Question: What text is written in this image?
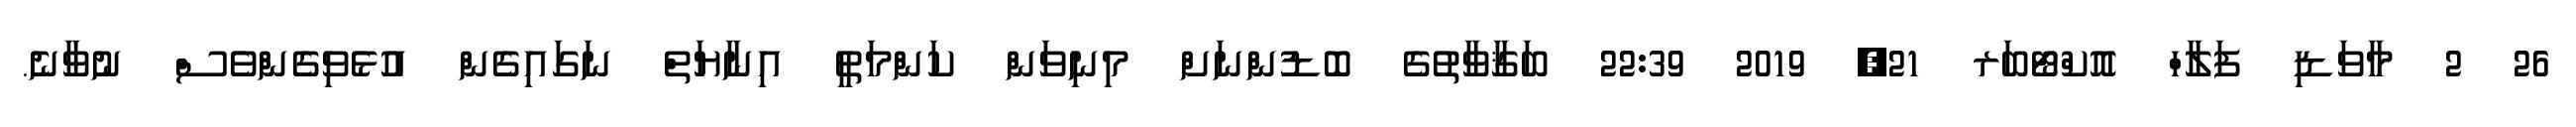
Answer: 26 2 މާވަޑި ފަލާހް އޮކްޓޯބަރ 21, 2019 22:39 ބަޤާވާތުގެ ބޮޑުންނަށް މިނިވަން ކަންމަތީ އިނާޔަތް ނަގައިގެން އުޅެވިގެންވެސް ނުވާނެ.